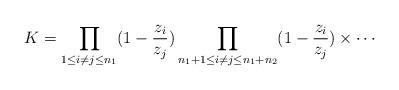
LaTeX: \begin{align*}K=\prod_{1\le i\ne j\le n_1}(1-\frac{z_i}{z_j})\prod_{n_1+1\le i\ne j\le n_1+n_2}(1-\frac{z_i}{z_j})\times\cdots\end{align*}